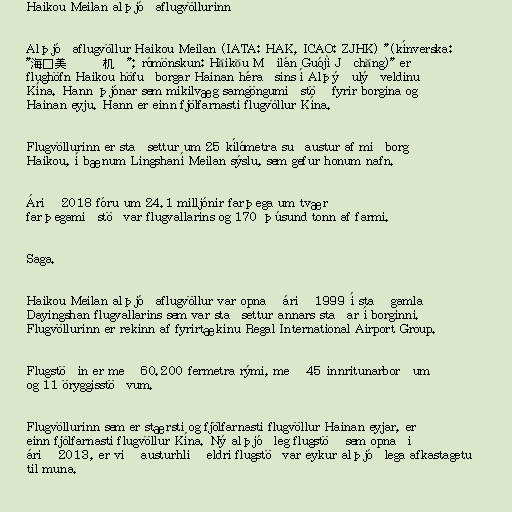
Haikou Meilan alþjóðaflugvöllurinn

Alþjóðaflugvöllur Haikou Meilan (IATA: HAK, ICAO: ZJHK) "(kínverska:
"海口美兰国际机场"; rómönskun: Hǎikǒu Měilán Guójì Jīchǎng)" er
flughöfn Haikou höfuðborgar Hainan héraðsins í Alþýðulýðveldinu
Kína. Hann þjónar sem mikilvæg samgöngumiðstöð fyrir borgina og
Hainan eyju. Hann er einn fjölfarnasti flugvöllur Kína.

Flugvöllurinn er staðsettur um 25 kílómetra suðaustur af miðborg
Haikou, í bænum Lingshaní Meilan sýslu, sem gefur honum nafn.

Árið 2018 fóru um 24.1 milljónir farþega um tvær
farþegamiðstöðvar flugvallarins og 170 þúsund tonn af farmi.

Saga.

Haikou Meilan alþjóðaflugvöllur var opnað árið 1999 í stað gamla
Dayingshan flugvallarins sem var staðsettur annars staðar í borginni.
Flugvöllurinn er rekinn af fyrirtækinu Regal International Airport Group.

Flugstöðin er með 60.200 fermetra rými, með 45 innritunarborðum
og 11 öryggisstöðvum.

Flugvöllurinn sem er stærsti og fjölfarnasti flugvöllur Hainan eyjar, er
einn fjölfarnasti flugvöllur Kína. Ný alþjóðleg flugstöð sem opnaði
árið 2013, er við austurhlið eldri flugstöðvar eykur alþjóðlega afkastagetu
til muna.